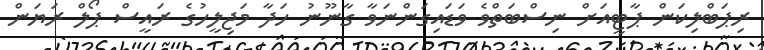
ރިޕަބްލިކަން ޕާޓީއަށް ނިސްބަތްވެ ވަޑައިގަންނަވާ ގާނޫނު ހަދާ މަޖިލީހުގެ ރައީސް ޕޯލް ރަޔަން